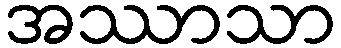
အဿာသာ